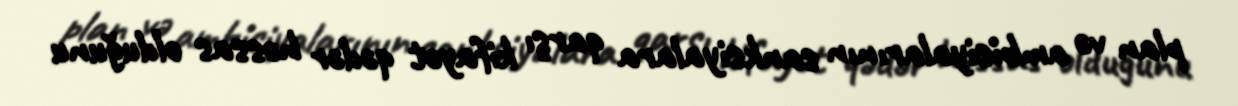
plan və ambisiyalarının sanksiyalara qarşı kifayət qədər həssas olduğunu